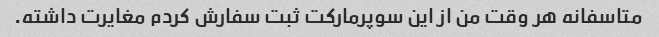
متاسفانه هر وقت من از این سوپرمارکت ثبت سفارش کردم مغایرت داشته.